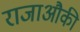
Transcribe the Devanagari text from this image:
राजाऔकी